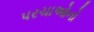
પરચાઓનો